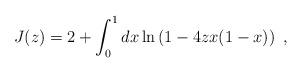
LaTeX: \begin{align*}J(z) = 2 + \int_{0}^{1} dx \ln \left(1 - 4 z x(1-x) \right) \ ,\end{align*}